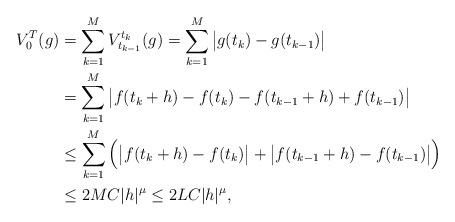
LaTeX: \begin{align*}V_0^T(g) &= \sum_{k=1}^M V_{t_{k-1}}^{t_k}(g) = \sum_{k=1}^M \big| g(t_k) - g(t_{k-1}) \big| \\&= \sum_{k=1}^M \big| f(t_k + h) - f(t_k) - f(t_{k-1} + h) + f(t_{k-1}) \big| \\ &\leq \sum_{k=1}^M \Big(\big| f(t_k + h) - f(t_k) \big| + \big| f(t_{k-1} + h) - f(t_{k-1}) \big| \Big) \\&\leq 2MC |h|^\mu \leq 2LC |h|^\mu, \end{align*}